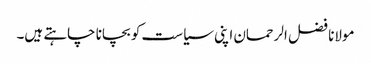
مولانا فضل الرحمان اپنی سیاست کو بچانا چاہتے ہیں۔